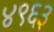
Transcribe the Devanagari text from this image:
४९६३